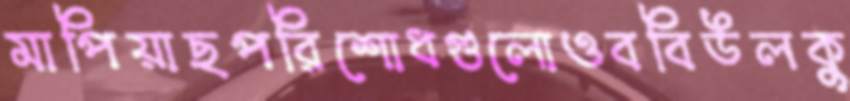
মাপিয়াছপরিশোধগুলোওববিউলকু